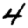
Digit: 4